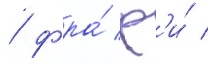
/ фра́ ф'и́ /